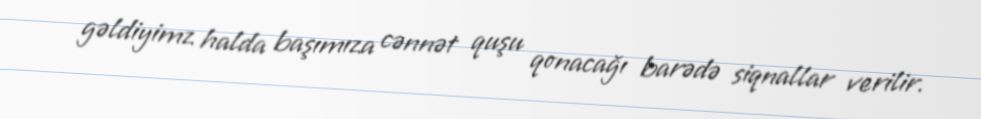
gəldiyimz halda başımıza cənnət quşu qonacağı barədə siqnallar verilir.